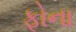
ફોના